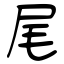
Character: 尾